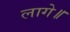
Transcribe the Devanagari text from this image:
लागे॥